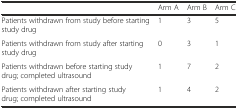
|  | Arm A | Arm B | Arm C |
 | --- | --- | --- | --- |
 | Patients withdrawn from study before starting study drug | 1 | 3 | 5 |
 | Patients withdrawn from study after starting study drug | 0 | 3 | 1 |
 | Patients withdrawn before starting study drug; completed ultrasound | 1 | 7 | 2 |
 | Patients withdrawn after starting study drug; completed ultrasound | 1 | 4 | 2 |